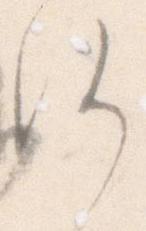
え